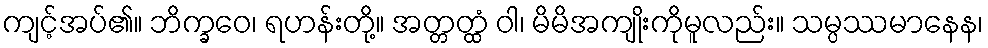
ကျင့်အပ်၏။ ဘိက္ခဝေ၊ ရဟန်းတို့။ အတ္တတ္ထံ ဝါ၊ မိမိအကျိုးကိုမူလည်း။ သမ္ပဿမာနေန၊